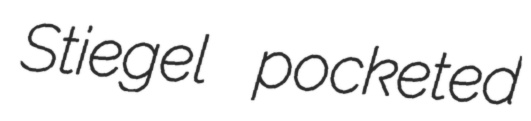
Stiegel pocketed